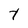
Character: t